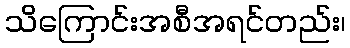
သိကြောင်းအစီအရင်တည်း၊